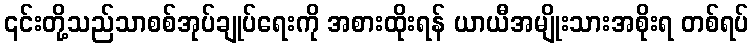
၎င်းတို့သည်သာစစ်အုပ်ချုပ်ရေးကို အစားထိုးရန် ယာယီအမျိုးသားအစိုးရ တစ်ရပ်